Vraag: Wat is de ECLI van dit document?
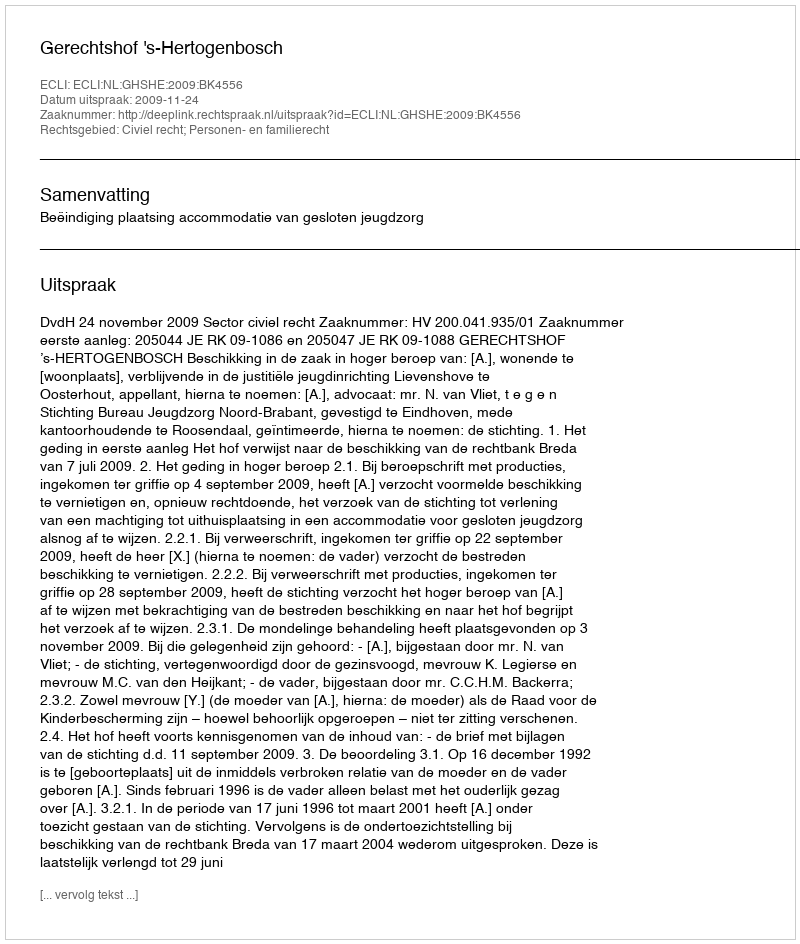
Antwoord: ECLI:NL:GHSHE:2009:BK4556